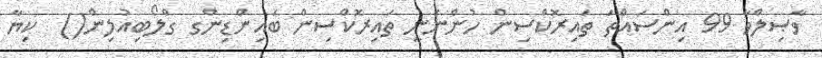
ވާޞިލްވާ 99 އިންސައްތަ ތައިރޮކްސިން ހުންނަނީ ތައިރޮކްސިން ބައިންޑިންގ ގްލޯބިއުލިން()  ކިޔާ